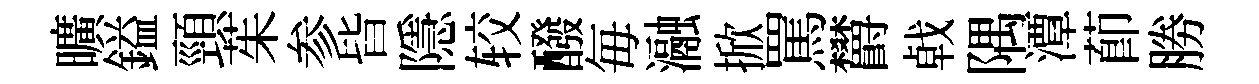
曠鎰頸茱参𣅜隱较醱毎瀜掀罵欝㦸隅潭莭勝